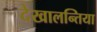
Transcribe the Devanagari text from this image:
देखालन्तिया